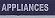
appliances